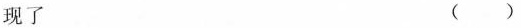
现了 ()